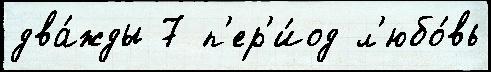
два́жды 7 п'ер'и́од л'юбо́вь